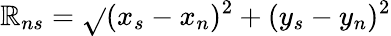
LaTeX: \mathbb{R}_{ns}=\sqrt{}{{(x_{s}-x_{n})^{2}+(y_{s}-y_{n})^{2}}}